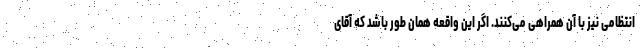
انتظامی نیز با آن همراهی می‌کنند. اگر این واقعه همان طور باشد که آقای